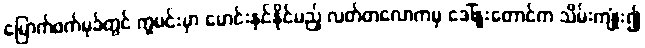
မြောက်ဖက်မုခ်တွင် ကူမင်းမှာ မောင်းနှင်နိုင်မည့် လတ်တလောကမှ ဒေါ်နူးတောင်က သိမ်းကျုံး၍